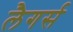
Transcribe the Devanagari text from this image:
लैगर्स